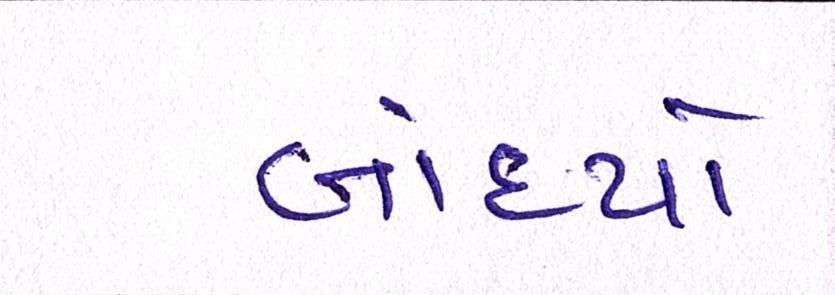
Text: બાંધ્યો